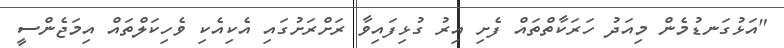
"އަޅުގަނޑުމެން މިއަދު ހަރަކާތްތައް ފެށި އިރު ގުޅިފައިވާ ރަށްރަށުގައި އެކިއެކި ވެހިކަލްތައް އިމަޖެންސީ